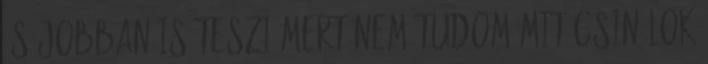
és jobban is teszi mert nem tudom mit csinálok